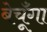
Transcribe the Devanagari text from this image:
बेचूँगा